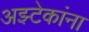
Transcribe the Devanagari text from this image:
अझ्टेकांना